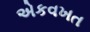
એકવખત